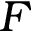
F